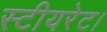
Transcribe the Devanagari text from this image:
स्टीयरेट।